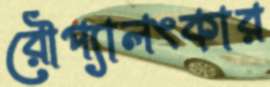
রৌপ্যালংকার